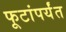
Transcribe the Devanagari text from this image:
फूटांपर्यंत